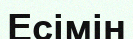
Есімін